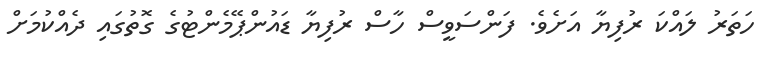
ހަތަރު ލައްކަ ރުފިޔާ އަށެވެ. ފަންސަވީސް ހާސް ރުފިޔާ ޑައުންޕޭމެންޓުގެ ގޮތުގައި ދެއްކުމަށް